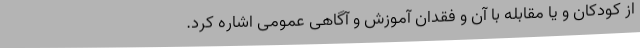
از کودکان و یا مقابله با آن و فقدان آموزش و آگاهی عمومی اشاره کرد.